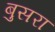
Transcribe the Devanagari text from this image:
बुसरा